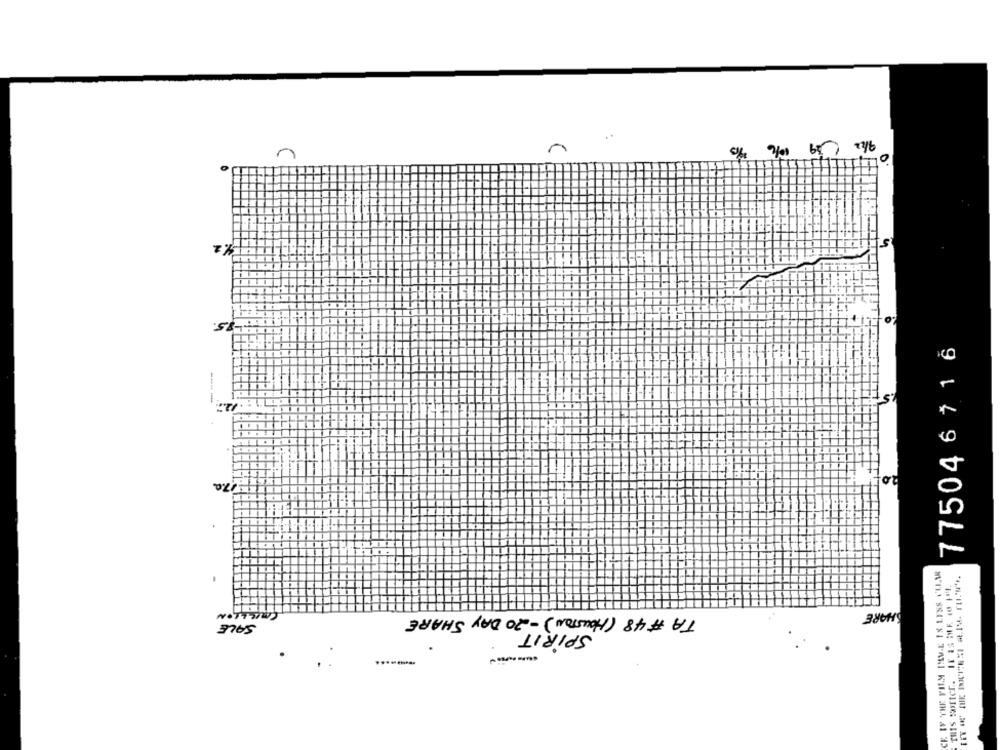
n
775046716
-
SHARE
TA #48 (HOUSTON) -20 DAY SHARE
SALE
SPIRIT